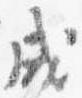
成